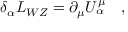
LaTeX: \delta _ { \alpha } { \cal L } _ { W Z } = \partial _ { \mu } U _ { \alpha } ^ { \mu } \quad ,